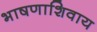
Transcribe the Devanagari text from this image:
भाषणाशिवाय